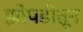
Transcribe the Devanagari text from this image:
झोपडीतून